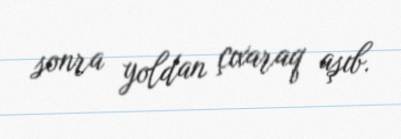
sonra yoldan çıxaraq aşıb.